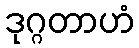
ဒုဂ္ဂတာဟံ